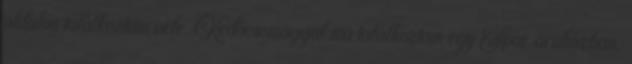
oldalon találkoztam vele. Kedőcsomaggal ma találkoztam egy Spar áruházban,